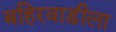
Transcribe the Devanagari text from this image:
बहिरवाडीला